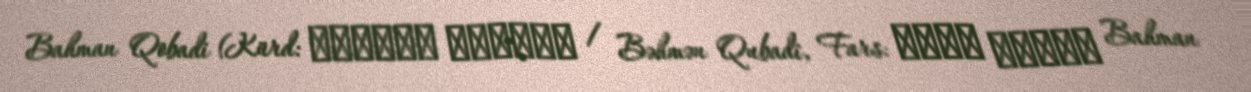
Bahman Qobadi (Kürd: بەهمەن قوبادی / Bəhmən Qubadî, Fars: بهمن قبادی Bahman